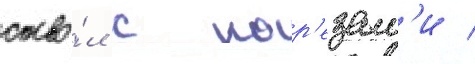
ство́л с нар'езам'и /